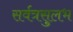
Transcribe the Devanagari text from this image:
सर्वत्रसुलभ